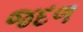
જદળ